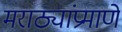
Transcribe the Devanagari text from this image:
मराठ्यांप्रमाणे